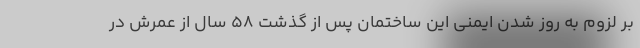
بر لزوم به روز شدن ایمنی این ساختمان پس از گذشت ۵۸ سال از عمرش در